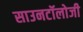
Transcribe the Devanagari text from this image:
साउनटॉलोजी